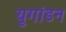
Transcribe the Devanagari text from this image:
युगांडन